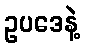
ဥပဒေနဲ့